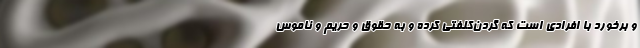
و برخورد با افرادی است که گردن‌کلفتی کرده و به حقوق و حریم و ناموس